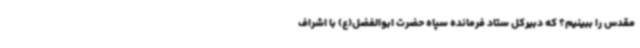
مقدس را ببینیم؟ که دبیرکل ستاد فرمانده سپاه حضرت ابوالفضل(ع) با اشراف